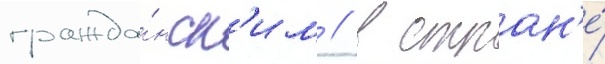
гражда́нск'им // В стран'е́